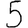
Digit: 5